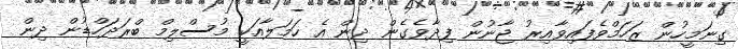
ގިނަމީހުން ޒަހަމްވެފައިވާއިރު ޖާނުން ފިދާވެގެން ދިން އެ ހަމަލާއަކީ މުސްލިމް ބްރަދަހްޑުން ދިން